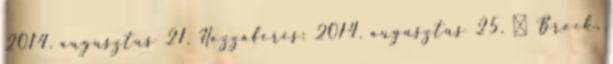
2014. augusztus 21. Hozzáférés: 2014. augusztus 25. ↑ Brock,